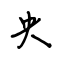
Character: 央